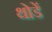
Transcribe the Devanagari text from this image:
थोडें